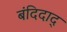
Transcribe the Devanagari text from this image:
बंदिदाद्